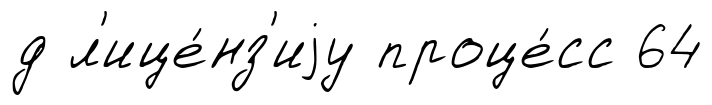
д л'ице́нз'иjу проце́сс 64